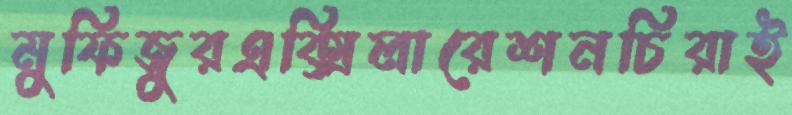
মুফিজুরএক্সিলারেশনচিরাই